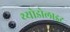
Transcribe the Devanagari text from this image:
थ्योडोलाइट